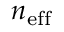
n _ { \mathrm { e f f } }